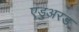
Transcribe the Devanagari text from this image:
एडुअरड